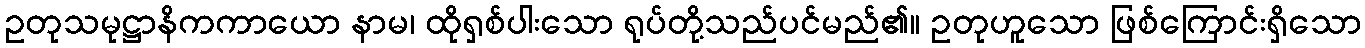
ဥတုသမုဋ္ဌာနိကကာယော နာမ၊ ထိုရှစ်ပါးသော ရုပ်တို့သည်ပင်မည်၏။ ဥတုဟူသော ဖြစ်ကြောင်းရှိသော